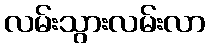
လမ်းသွားလမ်းလာ